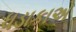
ધડાકાએ